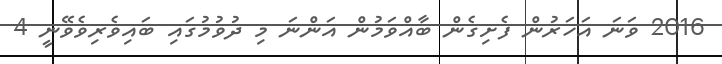
2016 ވަނަ އަހަރުން ފެށިގެން ބާއްވަމުން އަންނަ މި ދުވުމުގައި ބައިވެރިވެވޭނީ 4